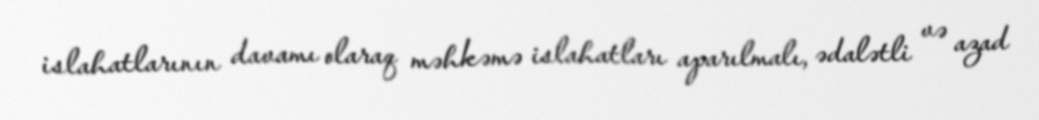
islahatlarının davamı olaraq məhkəmə islahatları aparılmalı, ədalətli və azad